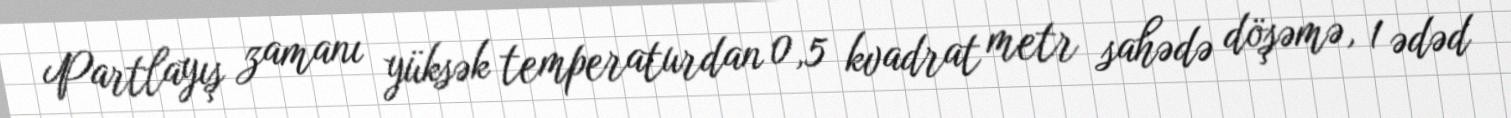
Partlayış zamanı yüksək temperaturdan 0,5 kvadrat metr sahədə döşəmə, 1 ədəd